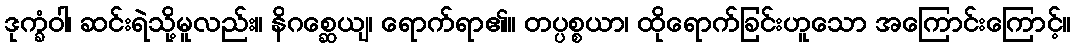
ဒုက္ခံဝါ၊ ဆင်းရဲသို့မူလည်း။ နိဂစ္ဆေယျ၊ ရောက်ရာ၏။ တပ္ပစ္စယာ၊ ထိုရောက်ခြင်းဟူသော အကြောင်းကြောင့်။